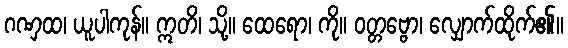
ဂဏှထ၊ ယူပါကုန်။ ဣတိ၊ သို့။ ထေရော၊ ကို။ ဝတ္တဗ္ဗော၊ လျှောက်ထိုက်၏။